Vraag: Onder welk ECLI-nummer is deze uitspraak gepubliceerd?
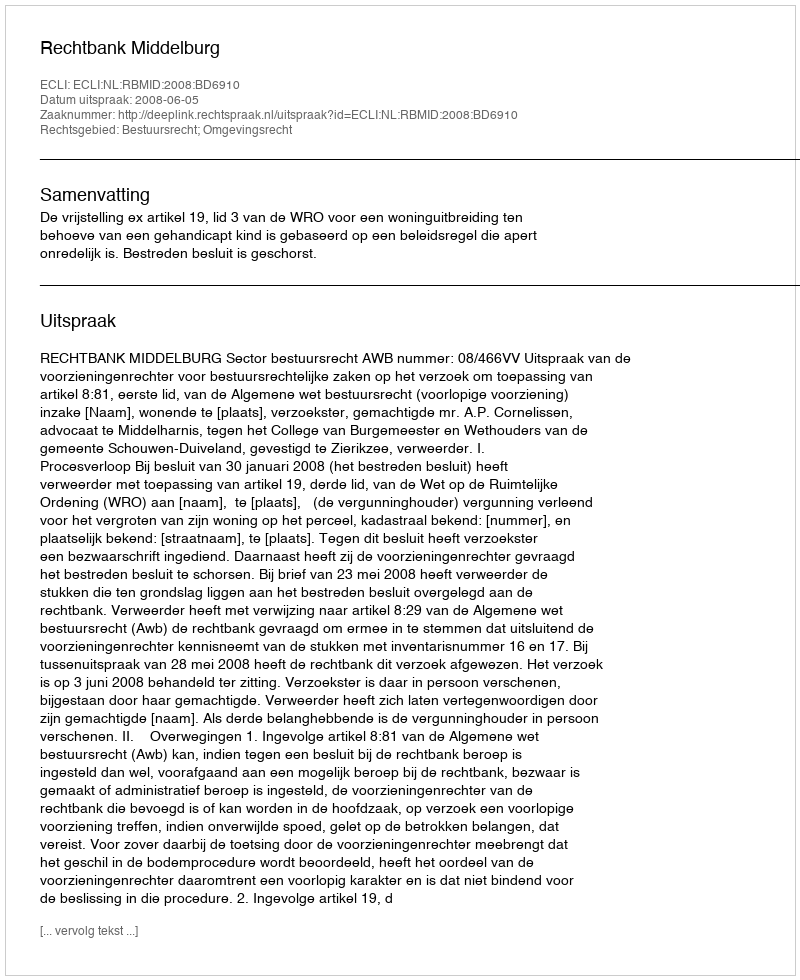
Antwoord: ECLI:NL:RBMID:2008:BD6910